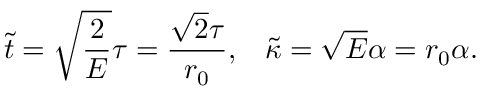
\tilde { t } = \sqrt { \frac { 2 } { E } } \tau = \frac { \sqrt { 2 } \tau } { r _ { 0 } } , \; \; \; \tilde { \kappa } = \sqrt { E } \alpha = r _ { 0 } \alpha .